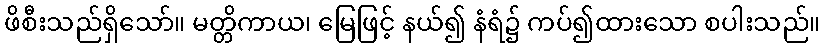
ဖိစီးသည်ရှိသော်။ မတ္တိကာယ၊ မြေဖြင့် နယ်၍ နံရံ၌ ကပ်၍ထားသော စပါးသည်။